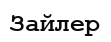
Зайлер